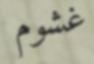
غشوم